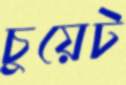
চুয়েট